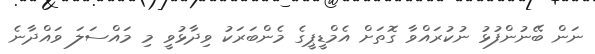
ނަން ބޭނުންފުޅު ނުކުރައްވާ ގޮތަށް އެމްޑީޕީގެ މެންބަރަކު ވިދާޅުވީ މި މައްސަލަ ވައްދާނެ